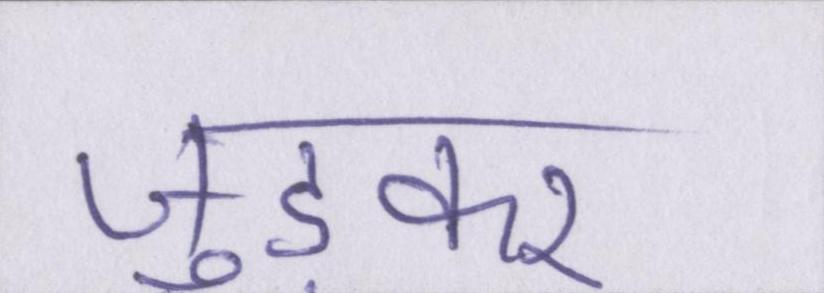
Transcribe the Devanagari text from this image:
जुड़कर